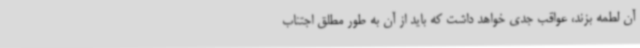
آن لطمه بزند، عواقب جدی خواهد داشت که باید از آن به طور مطلق اجتناب